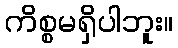
ကိစ္စမရှိပါဘူး။